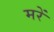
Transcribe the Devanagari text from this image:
मरें